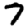
Digit: 7